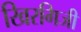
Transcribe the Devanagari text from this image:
खिरगिजी